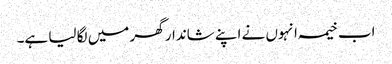
اب خیمہ انہوں نے اپنے شاندار گھر میں لگا لیا ہے۔